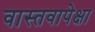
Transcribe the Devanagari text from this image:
वास्तवापेक्षा